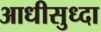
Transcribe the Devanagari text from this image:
आधीसुध्दा